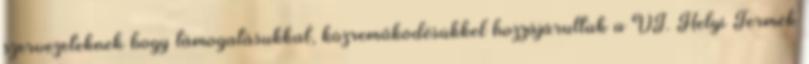
szervezeteknek hogy támogatásukkal, közreműködésükkel hozzájárultak a VI. Helyi Termék